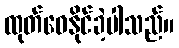
ထုတ်ဝေနိုင်ခဲ့ပါသည်။